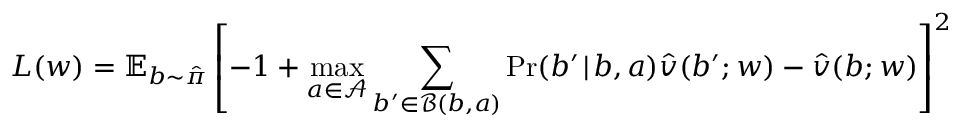
L ( \boldsymbol { w } ) = \mathbb { E } _ { b \sim \hat { \pi } } \left[ - 1 + \operatorname* { m a x } _ { a \in \mathcal { A } } \sum _ { b ^ { \prime } \in \mathcal { B } ( b , a ) } \operatorname* { P r } ( b ^ { \prime } \! \mid \! b , a ) \hat { v } ( b ^ { \prime } ; \boldsymbol { w } ) - \hat { v } ( b ; \boldsymbol { w } ) \right] ^ { 2 }